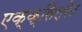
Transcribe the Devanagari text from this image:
एक्क्सिल्रेट